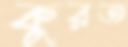
কুরত